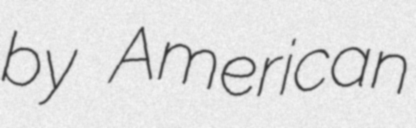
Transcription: by American